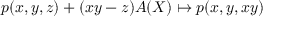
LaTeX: p ( x , y , z ) + ( x y - z ) A ( X ) \mapsto p ( x , y , x y )